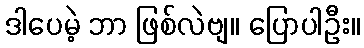
ဒါပေမဲ့ ဘာ ဖြစ်လဲဗျ။ ပြောပါဦး။